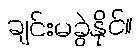
ချင်းမခွဲနိုင်။